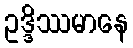
ဥဒ္ဒိဿမာနေ